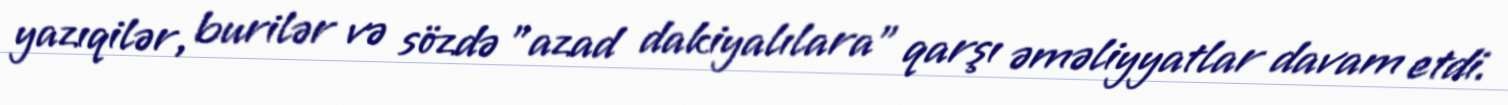
yazıqilər, burilər və sözdə "azad dakiyalılara" qarşı əməliyyatlar davam etdi.